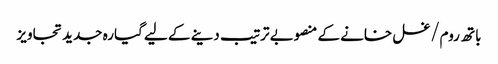
باتھ روم/غسل خانے کے منصوبے ترتیب دینے کے لیے گیارہ جدید تجاویز